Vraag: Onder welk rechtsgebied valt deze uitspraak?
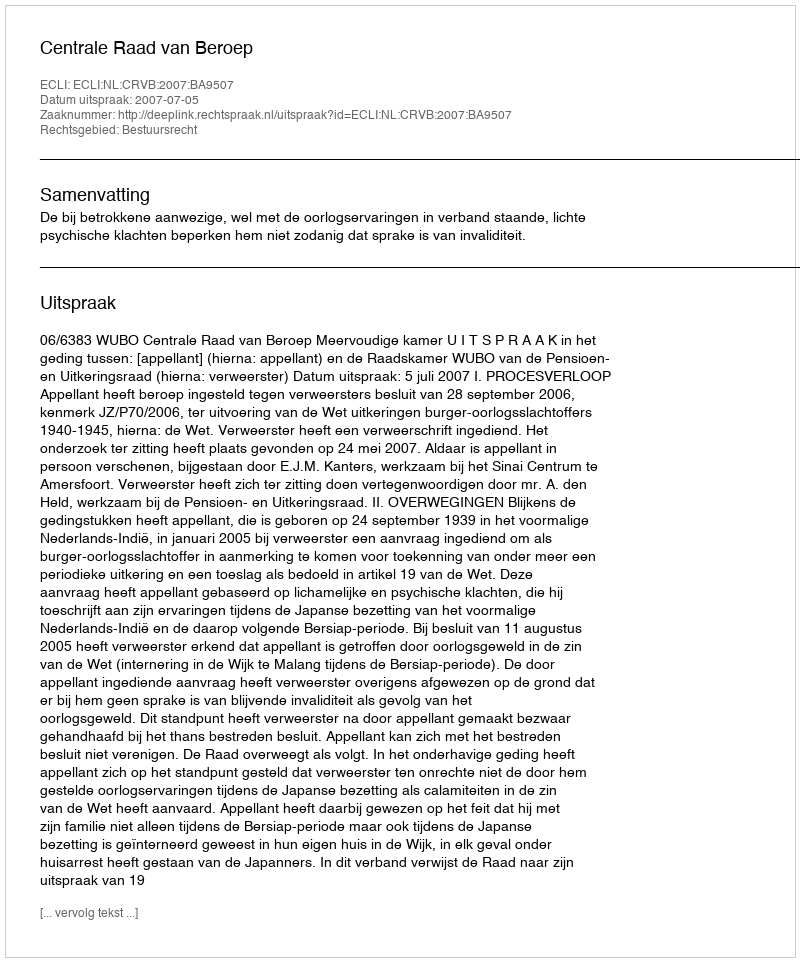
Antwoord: Bestuursrecht